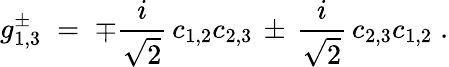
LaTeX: g_{1,3}^{\pm}\; =\; \mp\frac{i}{\sqrt{2}}\, c_{1,2}c_{2,3}\, \pm\, \frac{i}{\sqrt{2}}\, c_{2,3}c_{1,2}\; .